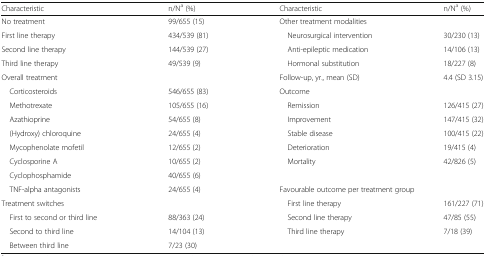
| Characteristic | n/Na (%) | Characteristic | n/Na (%) |
 | --- | --- | --- | --- |
 | No treatment | 99/655 (15) | Other treatment modalities |  |
 | First line therapy | 434/539 (81) | Neurosurgical intervention | 30/230 (13) |
 | Second line therapy | 144/539 (27) | Anti-epileptic medication | 14/106 (13) |
 | Third line therapy | 49/539 (9) | Hormonal substitution | 18/227 (8) |
 | Overall treatment |  | Follow-up, yr., mean (SD) | 4.4 (SD 3.15) |
 | Corticosteroids | 546/655 (83) | Outcome |  |
 | Methotrexate | 105/655 (16) | Remission | 126/415 (27) |
 | Azathioprine | 54/655 (8) | Improvement | 147/415 (32) |
 | (Hydroxy) chloroquine | 24/655 (4) | Stable disease | 100/415 (22) |
 | Mycophenolate mofetil | 12/655 (2) | Deterioration | 19/415 (4) |
 | Cyclosporine A | 10/655 (2) | Mortality | 42/826 (5) |
 | Cyclophosphamide | 40/655 (6) |  |  |
 | TNF-alpha antagonists | 24/655 (4) | <COLSPAN=2> Favourable outcome per treatment group |
 | Treatment switches |  | First line therapy | 161/227 (71) |
 | First to second or third line | 88/363 (24) | Second line therapy | 47/85 (55) |
 | Second to third line | 14/104 (13) | Third line therapy | 7/18 (39) |
 | Between third line | 7/23 (30) |  |  |